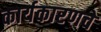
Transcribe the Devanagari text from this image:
कार्यकारणचे